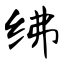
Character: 绋